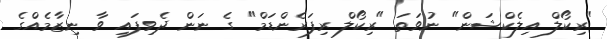
"ރިކޯލް އިލެކްޝަން" ނުވަތަ "ރިކޯލް ރިފަރެންޑަމް" ގެ ނަން ދެވިފައި ވާ ނިޒާމެއްގެ